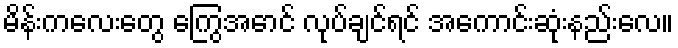
မိန်းကလေးတွေ ကြွေအောင် လုပ်ချင်ရင် အကောင်းဆုံးနည်းလေ။